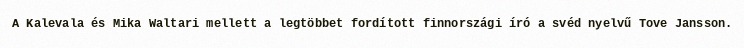
A Kalevala és Mika Waltari mellett a legtöbbet fordított finnországi író a svéd nyelvű Tove Jansson.